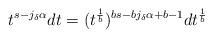
LaTeX: \begin{align*}t^{s-j_{\delta}\alpha} dt = (t^{\frac{1}{b}})^{bs-b j_{\delta} \alpha+b-1} d t^{\frac{1}{b}} \end{align*}